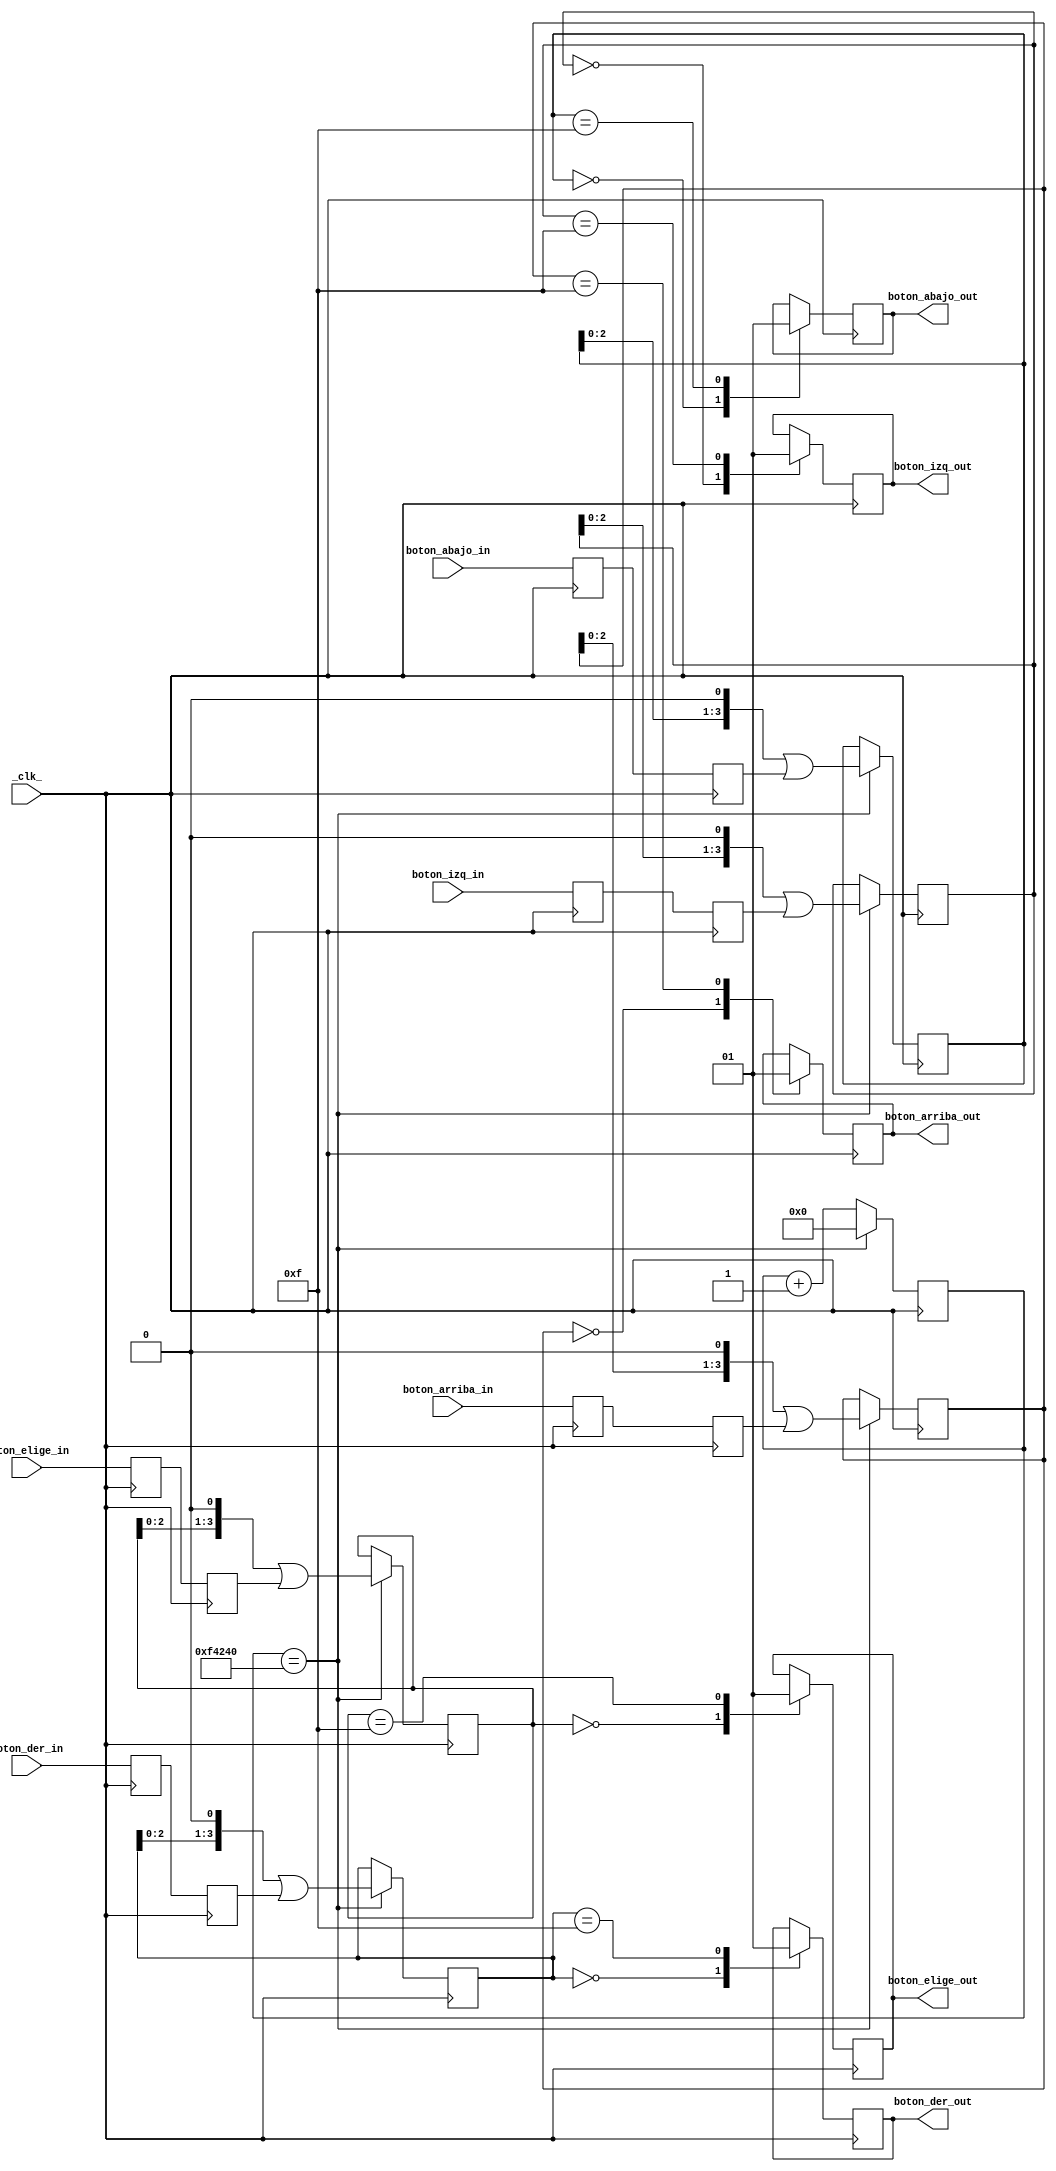
module Sincronizador_2( _clk_, boton_arriba_in, boton_abajo_in, boton_izq_in, boton_der_in, boton_elige_in,
								boton_arriba_out, boton_abajo_out, boton_izq_out, boton_der_out, boton_elige_out);
 input boton_arriba_in, boton_abajo_in, boton_izq_in, boton_der_in, boton_elige_in, _clk_;
 output reg boton_arriba_out, boton_abajo_out, boton_izq_out, boton_der_out, boton_elige_out;
 localparam contador_max= 20'd1000000;
 reg boton_arriba_sync_0;
 reg boton_abajo_sync_0;
 reg boton_izq_sync_0;
 reg boton_der_sync_0;
 reg boton_elige_sync_0;
 always @(posedge _clk_) 
	begin
		boton_arriba_sync_0 <= boton_arriba_in;
		boton_abajo_sync_0  <= boton_abajo_in;
		boton_izq_sync_0    <= boton_izq_in;
		boton_der_sync_0    <= boton_der_in;
		boton_elige_sync_0  <= boton_elige_in;
	end
 reg boton_arriba_sync_1;
 reg boton_abajo_sync_1;
 reg boton_izq_sync_1;
 reg boton_der_sync_1;
 reg boton_elige_sync_1;
 always @(posedge _clk_) 
	begin
		boton_arriba_sync_1 <= boton_arriba_sync_0;
		boton_abajo_sync_1  <= boton_abajo_sync_0;
		boton_izq_sync_1    <= boton_izq_sync_0;
		boton_der_sync_1    <= boton_der_sync_0;
		boton_elige_sync_1  <= boton_elige_sync_0;
	end
 reg [19:0] contador=0;
 reg [3:0] sr_boton_arriba= 4'b0, sr_boton_abajo= 4'b0, sr_boton_izq= 4'b0, sr_boton_der= 4'b0, sr_boton_elige= 4'b0;
 	always @(posedge _clk_)
	begin 
		if (contador == contador_max)
			contador <= 1'b0;	
		else
			contador <= contador + 1'b1;
	end
 always @(posedge _clk_) 
	begin
		if (contador==contador_max) begin
			sr_boton_arriba <= (sr_boton_arriba << 1)  | boton_arriba_sync_1;
			sr_boton_abajo  <= (sr_boton_abajo  << 1)  | boton_abajo_sync_1;
			sr_boton_izq    <= (sr_boton_izq    << 1)  | boton_izq_sync_1;
			sr_boton_der    <= (sr_boton_der    << 1)  | boton_der_sync_1;
			sr_boton_elige  <= (sr_boton_elige  << 1)  | boton_elige_sync_1;
		end
		case (sr_boton_arriba)
					4'b0000: boton_arriba_out <= 0;
					4'b1111: boton_arriba_out <= 1;
		endcase
		case (sr_boton_abajo)
					4'b0000: boton_abajo_out <= 0;
					4'b1111: boton_abajo_out <= 1;
		endcase
		case (sr_boton_izq)
					4'b0000: boton_izq_out <= 0;
					4'b1111: boton_izq_out <= 1;
		endcase
		case (sr_boton_der)
					4'b0000: boton_der_out <= 0;
					4'b1111: boton_der_out <= 1;
		endcase
		case (sr_boton_elige)
					4'b0000: boton_elige_out <= 0;
					4'b1111: boton_elige_out <= 1;
		endcase
	end
endmodule